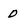
Character: 0